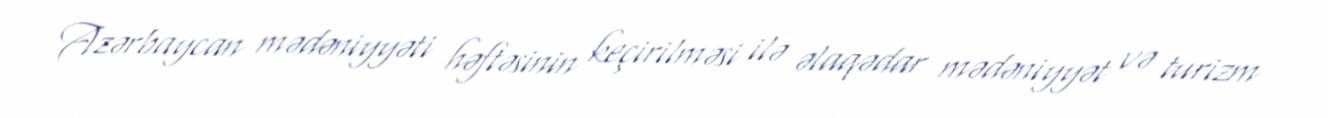
Azərbaycan mədəniyyəti həftəsinin keçirilməsi ilə əlaqədar mədəniyyət və turizm